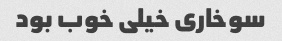
سوخاری خیلی خوب بود